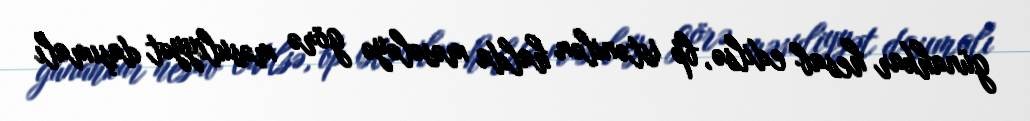
günahkar hesab edilsə, bp istənilən halda məsələyə görə məsuliyyət daşımalı